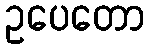
ဥပေတော